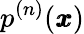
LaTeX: p^{(n)}({\pmb x})